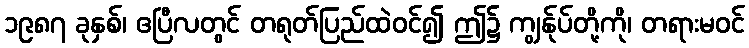
၁၉၈၇ ခုနှစ်၊ ဧပြီလတွင် တရုတ်ပြည်ထဲဝင်၍ ဤ၌ ကျွန်ုပ်တို့ကို၊ တရားမဝင်